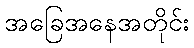
အခြေအနေအတိုင်း